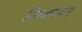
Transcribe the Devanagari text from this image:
निष्काषन